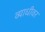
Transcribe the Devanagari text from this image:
व्याधीवर